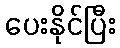
ပေးနိုင်ပြီး